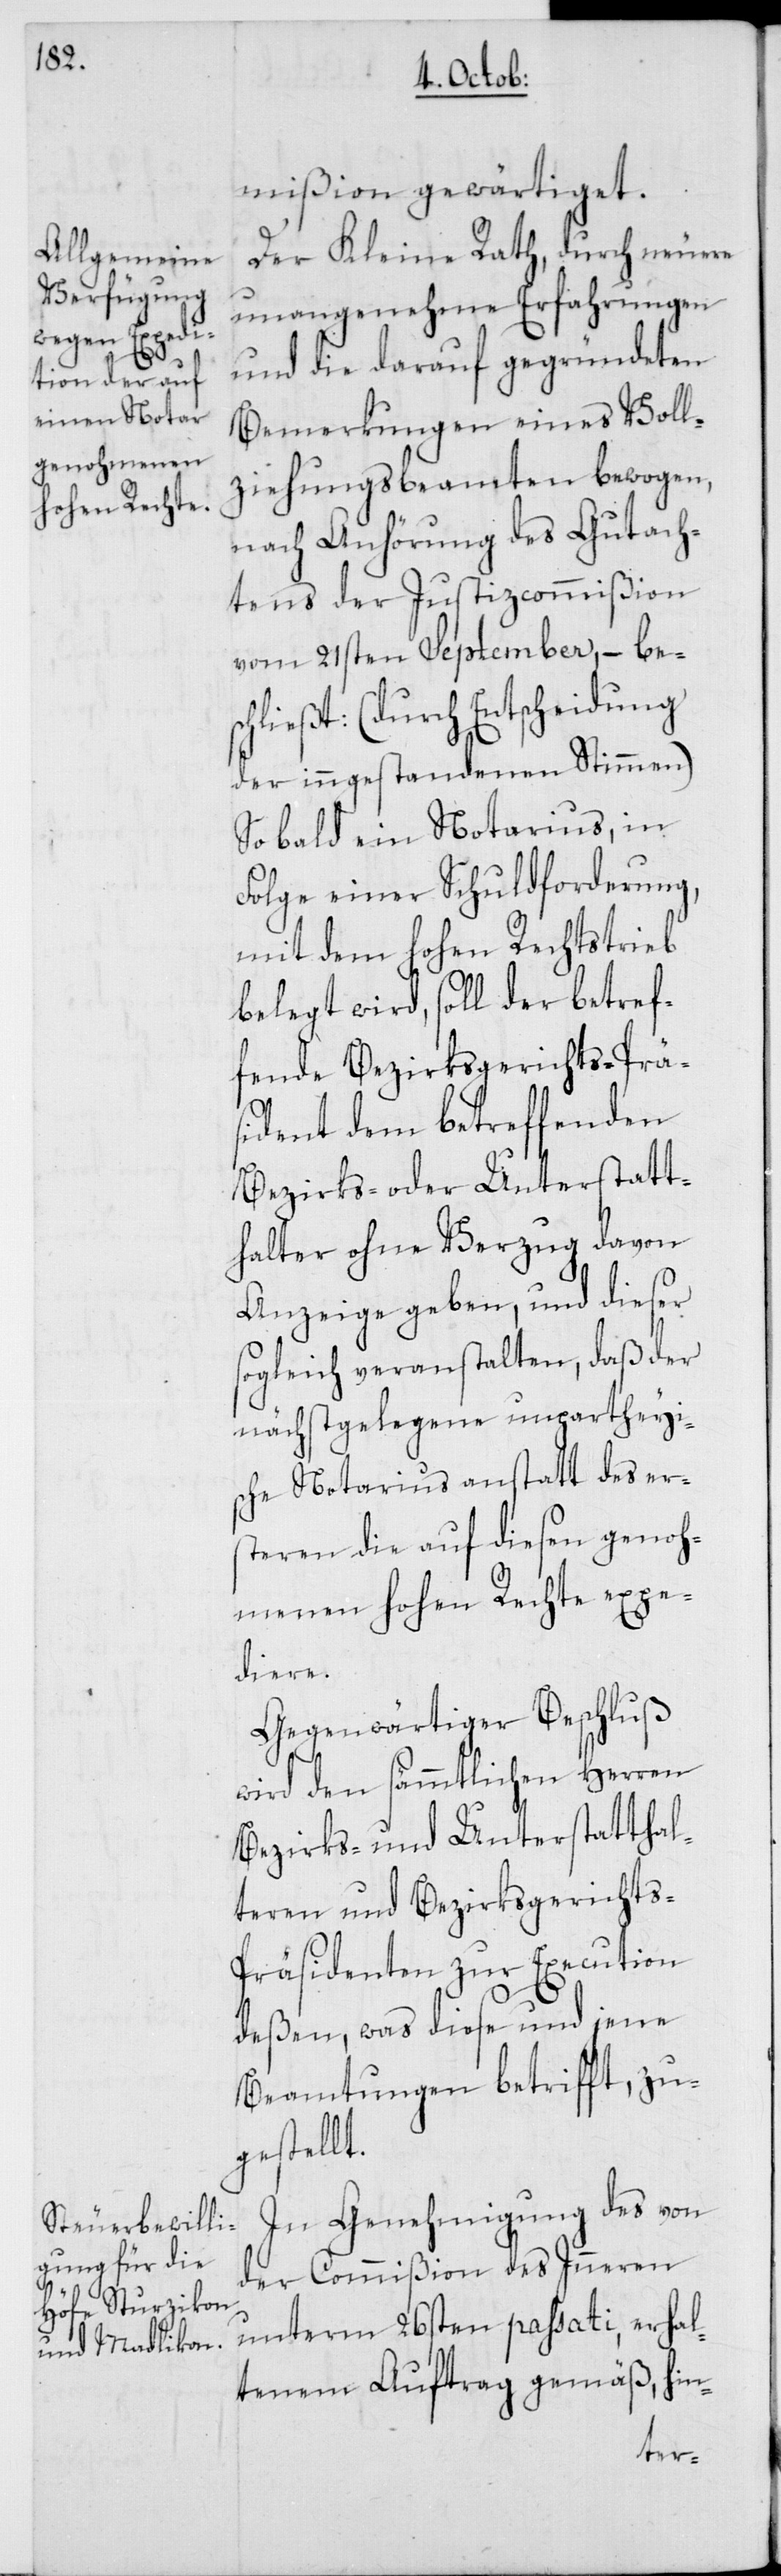
mißion gewärtiget.
Der Kleine Rath, durch neuere
unangenehme Erfahrungen
und die darauf gegründeten
Bemerkungen eines Voll¬
ziehungsbeamten bewogen,
nach Anhörung des Gutach¬
tens der Justizcommißion
vom 21sten September, – bes¬
chließt: (durch Entscheidung
der inngestandenen Stimmen)
Sobald ein Notarius, in
Folge einer Schuldforderung,
mit dem hohen Rechtstrieb
belegt wird, soll der betref¬
fende Bezirksgerichts-Prä¬
sident dem betreffenden
Bezirks- oder Unterstatt¬
halter ohne Verzug davon
Anzeige geben, und dieser
sogleich veranstalten, daß der
nächstgelegene unpartheyis¬
che Notarius anstatt des ers¬
teren die auf diesen genoh¬
menen hohen Rechte expe¬
diere.
Gegenwärtiger Beschluß
wird den sämmtlichen Herren
Bezirks- und Unterstatthal¬
teren und Bezirksgerichts-P¬
räsidenten zur Execution
deßen, was diese und jene
Beamtungen betrifft, zu¬
gestellt.
In Genehmigung des von
der Commißion des Inneren
unterm 26sten passati, erhal¬
tenen Auftrag gemäß, hin-